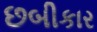
છબીકાર